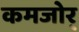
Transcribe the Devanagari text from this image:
कमजोर्